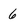
Character: 6